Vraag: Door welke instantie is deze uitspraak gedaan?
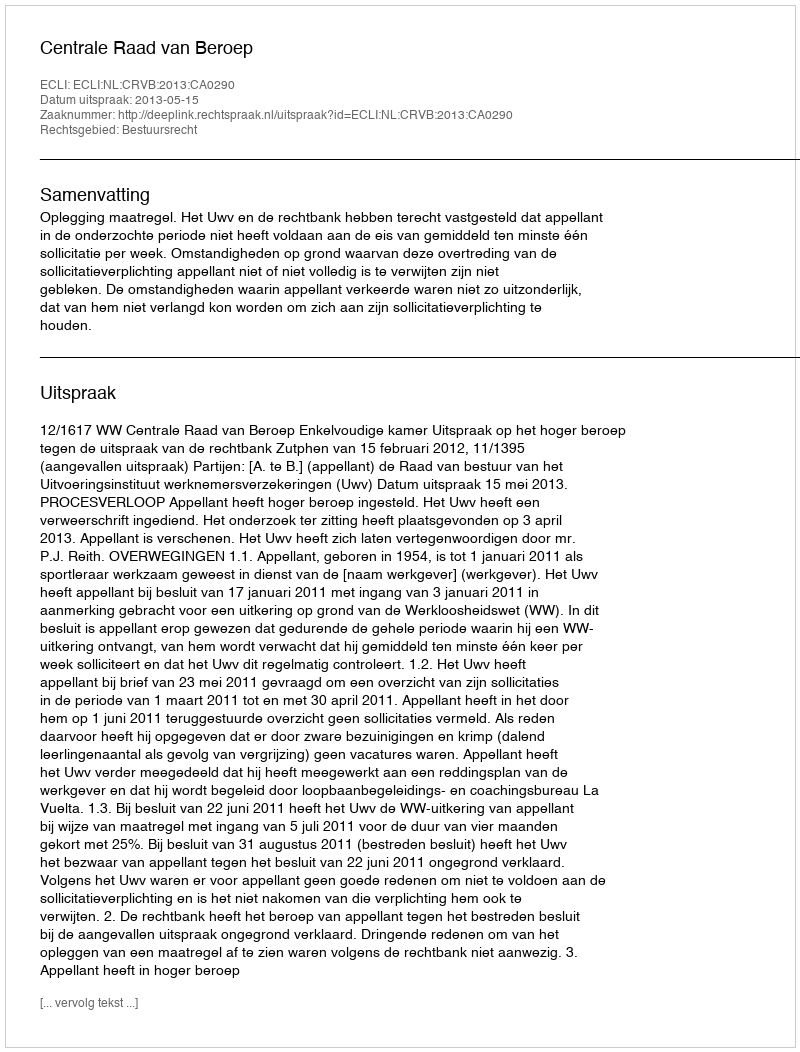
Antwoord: Centrale Raad van Beroep